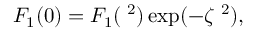
F _ { 1 } ( 0 ) = { \cal F } _ { 1 } ( { \bf \Delta } ^ { 2 } ) \exp ( - \zeta { \bf \Delta } ^ { 2 } ) ,